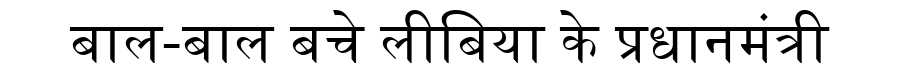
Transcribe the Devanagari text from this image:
बाल-बाल बचे लीबिया के प्रधानमंत्री